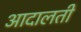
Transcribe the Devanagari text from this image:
आदालती